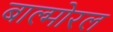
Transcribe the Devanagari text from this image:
बाल्मोरल